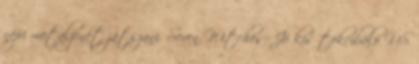
népi metalzenét játszani. Seven Witches: Jó kis tökcibáló US